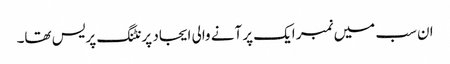
ان سب میں نمبر ایک پر آنے والی ایجاد پرنٹنگ پریس تھا۔